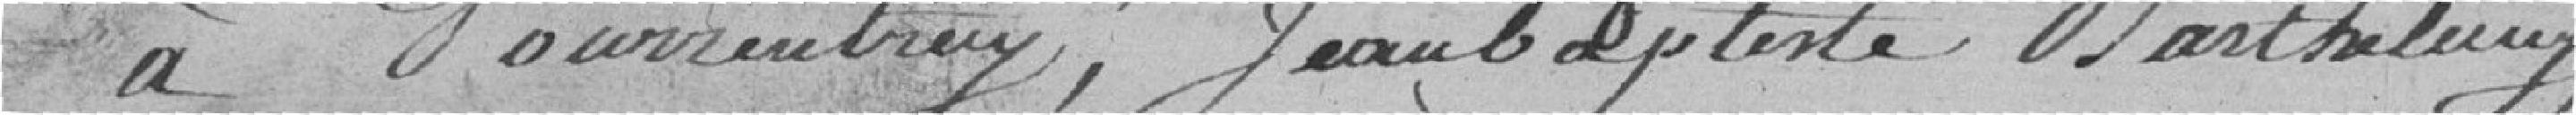
à Porrentry, Jeanbaptiste Barthelemy,